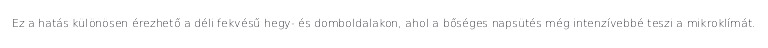
Ez a hatás különösen érezhető a déli fekvésű hegy- és domboldalakon, ahol a bőséges napsütés még intenzívebbé teszi a mikroklímát.